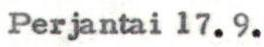
Perjantai 17.9.